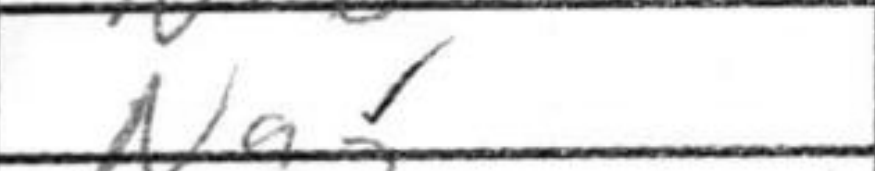
Transcription: Na5